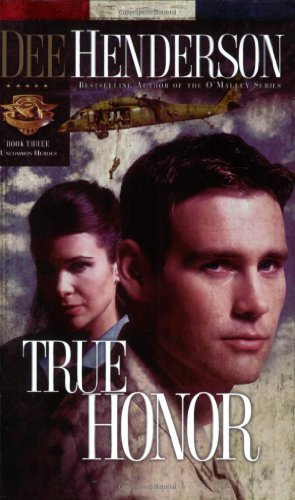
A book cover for True Honor (Uncommon Heroes, Book 3); Dee Henderson; Romance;